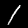
Label: 1